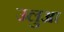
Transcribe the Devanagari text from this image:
उलुआ